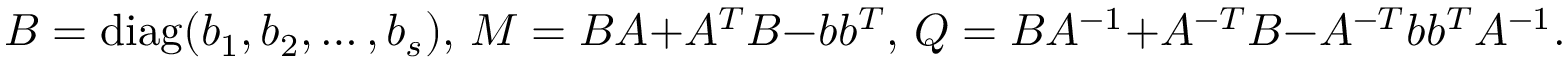
B = \operatorname { d i a g } ( b _ { 1 } , b _ { 2 } , \ldots , b _ { s } ) , \, M = B A + A ^ { T } B - b b ^ { T } , \, Q = B A ^ { - 1 } + A ^ { - T } B - A ^ { - T } b b ^ { T } A ^ { - 1 } .